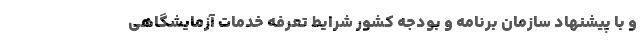
و با پیشنهاد سازمان برنامه و بودجه کشور شرایط تعرفه خدمات آزمایشگاهی